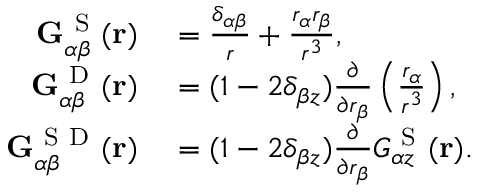
\begin{array} { r l } { \mathbf { G } _ { \alpha \beta } ^ { \mathrm { ~ S ~ } } ( \mathbf { r } ) } & { { } = \frac { \delta _ { \alpha \beta } } { r } + \frac { r _ { \alpha } r _ { \beta } } { r ^ { 3 } } , } \\ { \mathbf { G } _ { \alpha \beta } ^ { \mathrm { ~ D ~ } } ( \mathbf { r } ) } & { { } = ( 1 - 2 \delta _ { \beta z } ) \frac { \partial } { \partial r _ { \beta } } \left( \frac { r _ { \alpha } } { r ^ { 3 } } \right) , } \\ { \mathbf { G } _ { \alpha \beta } ^ { \mathrm { ~ S ~ D ~ } } ( \mathbf { r } ) } & { { } = ( 1 - 2 \delta _ { \beta z } ) \frac { \partial } { \partial r _ { \beta } } G _ { \alpha z } ^ { \mathrm { ~ S ~ } } ( \mathbf { r } ) . } \end{array}